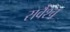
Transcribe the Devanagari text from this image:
सर्वैश्‍च